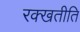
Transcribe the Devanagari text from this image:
रक्खतीति